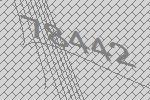
78442